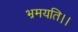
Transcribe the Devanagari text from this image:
भ्रमयति।।